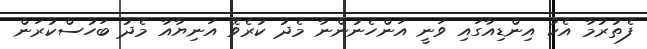
ފެތުރުމާ އެކު އިންޑިއާގައި ވަނީ އަންހެނުންނާ މެދު ކުރެވޭ އަނިޔާއާ މެދު ބަހުސްކުރަން